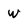
Character: w